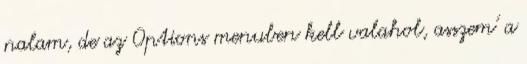
nalam, de az Options menuben kell valahol, asszem' a